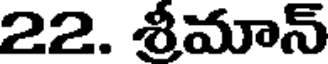
22. శ్రీమాన్